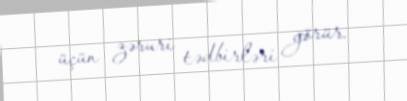
üçün zəruri tədbirləri görür.